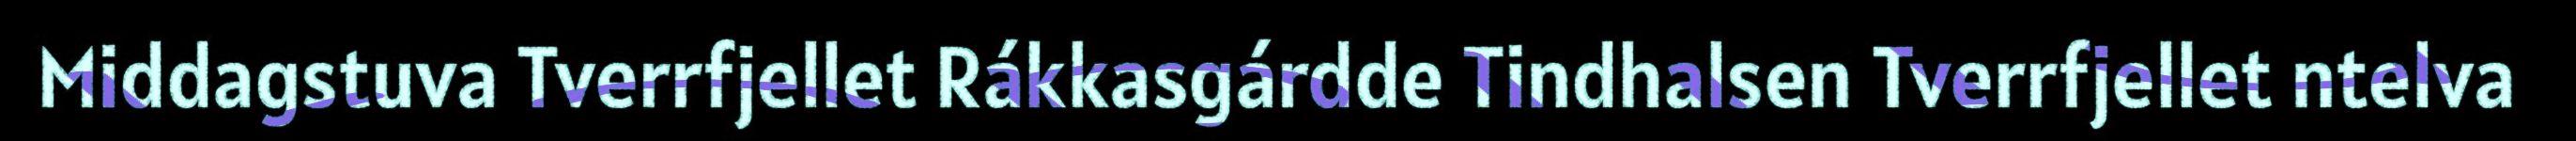
Middagstuva Tverrfjellet Rákkasgárdde Tindhalsen Tverrfjellet ntelva